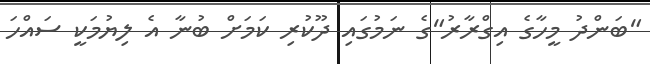
"ބަންދު މީހާގެ އިގްރާރު"ގެ ނަމުގައި ދޫކުރި ކަމަށް ބުނާ އެ ލިޔުމަކީ ސައްހަ